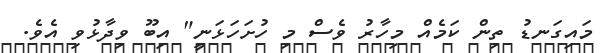
މައިގަނޑު ތިން ކަމެއް މިހާރު ވެސް މި ހުށަހަޅަނީ" އިބޫ ވިދާޅުވި އެވެ.